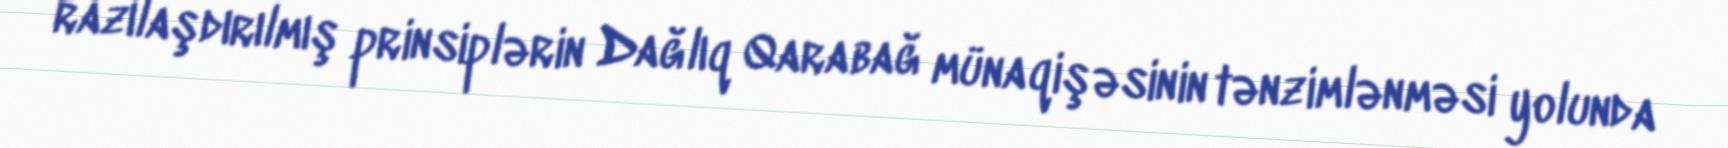
razılaşdırılmış prinsiplərin Dağlıq Qarabağ münaqişəsinin tənzimlənməsi yolunda